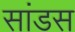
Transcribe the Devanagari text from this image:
सांडस